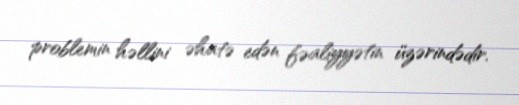
problemin həllini əhatə edən fəaliyyətin üzərindədir.